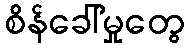
စိန်ခေါ်မှုတွေ